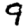
Digit: 9